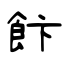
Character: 飰